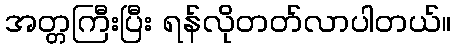
အတ္တကြီးပြီး ရန်လိုတတ်လာပါတယ်။